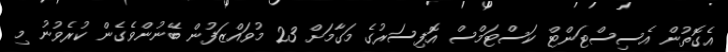
އެގޮތުން އެސިސްޓަންޓް ކަސްޓަމްސް އޮފިސަރުގެ މަގާމަށް 23 މުވައްޒަފުން ބޭނުންވެގެން ކުރެވުނު މި